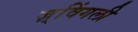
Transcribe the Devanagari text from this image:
ज़्विंगली